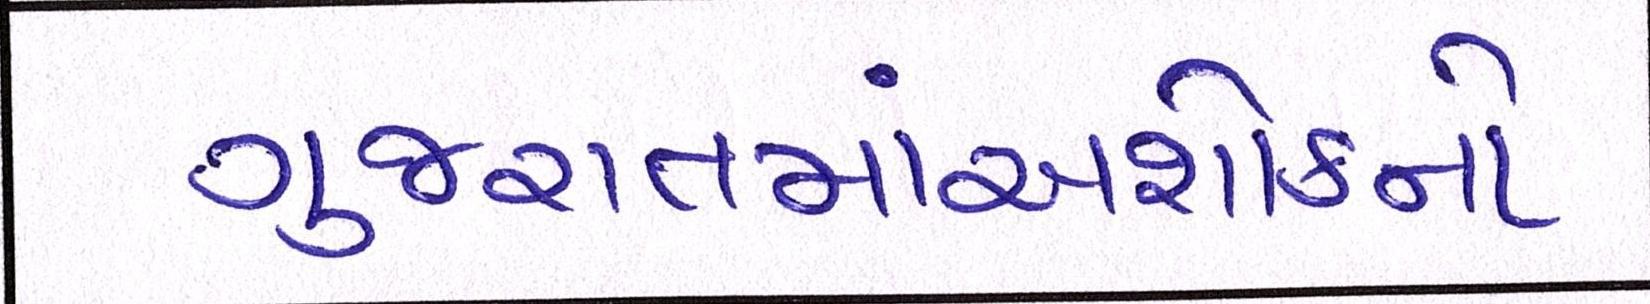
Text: ગુજરાતમાંઅશોકનો